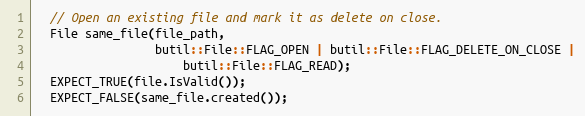
Language: C++
  // Open an existing file and mark it as delete on close.
  File same_file(file_path,
                 butil::File::FLAG_OPEN | butil::File::FLAG_DELETE_ON_CLOSE |
                     butil::File::FLAG_READ);
  EXPECT_TRUE(file.IsValid());
  EXPECT_FALSE(same_file.created());